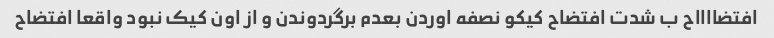
افتضااااح ب شدت افتضاح کیکو نصفه اوردن بعدم برگردوندن و از اون کیک نبود واقعا افتضاح